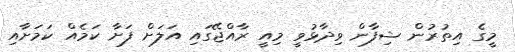
މީގެ އިތުރުން ޝިފާން ވިދާޅުވީ މިއީ ރާއްޖޭގައި އަލަށް ފަށާ ކަމެއް ކަމަށާއި